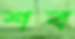
শব